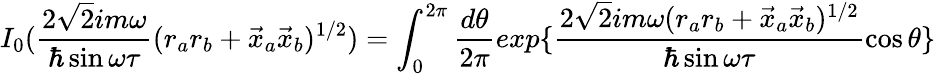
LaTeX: I_{0}(\frac{2\sqrt{2}im\omega}{\hbar\sin\omega\tau}(r_{a}r_{b}+\vec{x}_{a}\vec{x}_{b})^{1/2})=\int_{0}^{2\pi}\frac{d\theta}{2\pi}exp\{ \frac{2\sqrt{2}im\omega(r_{a}r_{b}+\vec{x}_{a}\vec{x}_{b})^{1/2}}{\hbar\sin\omega\tau}\cos\theta\}